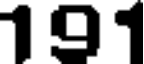
191